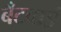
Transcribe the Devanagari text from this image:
बँटवाईं